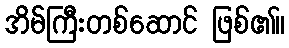
အိမ်ကြီးတစ်ဆောင် ဖြစ်၏။